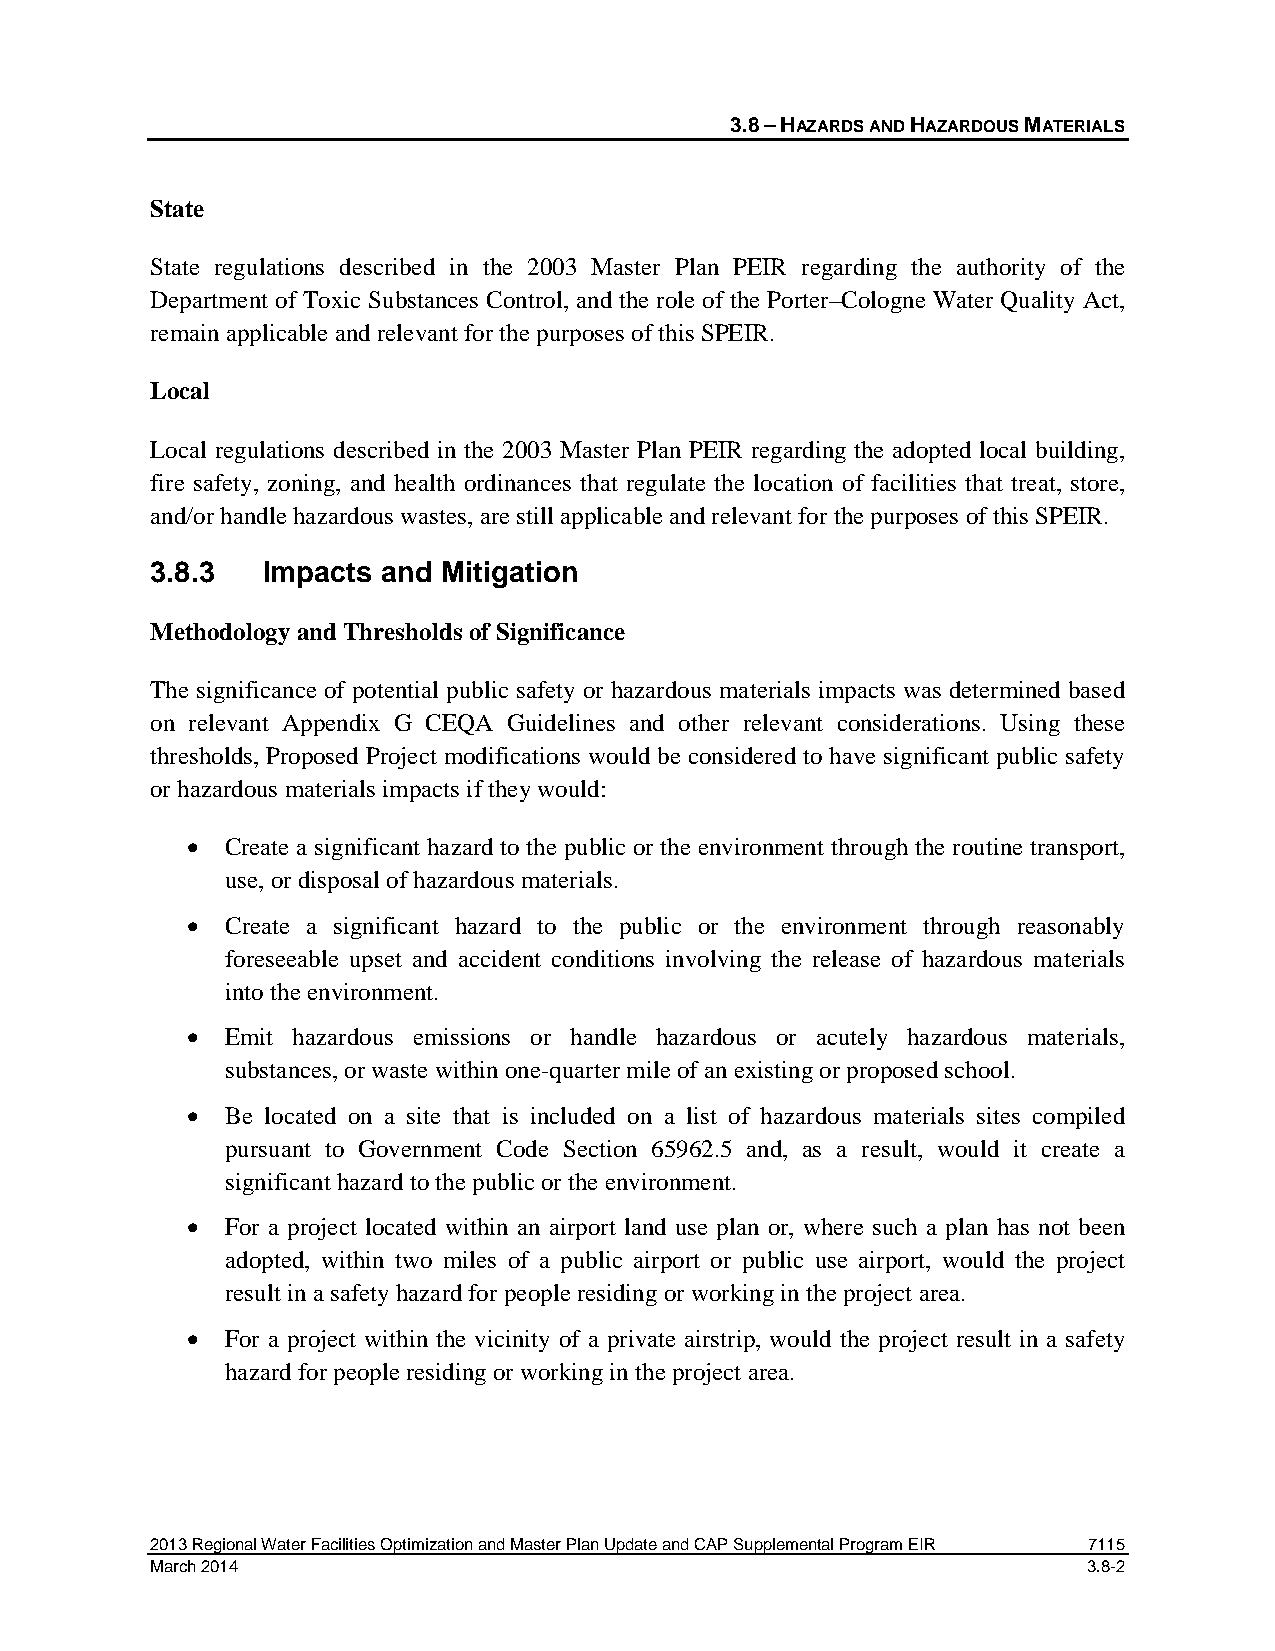
3.8 – HAZARDS AND HAZARDOUS MATERIALS
 State
 State regulations described in the 2003 Master Plan PEIR regarding the authority of the
 Department of Toxic Substances Control, and the role of the Porter–Cologne Water Quality Act,
 remain applicable and relevant for the purposes of this SPEIR.
 Local
 Local regulations described in the 2003 Master Plan PEIR regarding the adopted local building,
 fire safety, zoning, and health ordinances that regulate the location of facilities that treat, store,
 and/or handle hazardous wastes, are still applicable and relevant for the purposes of this SPEIR.
 3.8.3  Impacts and Mitigation
 Methodology and Thresholds of Significance
 The significance of potential public safety or hazardous materials impacts was determined based
 on relevant Appendix G CEQA Guidelines and other relevant considerations. Using these
 thresholds, Proposed Project modifications would be considered to have significant public safety
 or hazardous materials impacts if they would:
 •  Create a significant hazard to the public or the environment through the routine transport,
 use, or disposal of hazardous materials.
 •  Create a significant hazard to the public or the environment through reasonably
 foreseeable upset and accident conditions involving the release of hazardous materials
 into the environment.
 •  Emit hazardous emissions or handle hazardous or acutely hazardous materials,
 substances, or waste within one-quarter mile of an existing or proposed school.
 •  Be located on a site that is included on a list of hazardous materials sites compiled
 pursuant to Government Code Section 65962.5 and, as a result, would it create a
 significant hazard to the public or the environment.
 •  For a project located within an airport land use plan or, where such a plan has not been
 adopted, within two miles of a public airport or public use airport, would the project
 result in a safety hazard for people residing or working in the project area.
 •  For a project within the vicinity of a private airstrip, would the project result in a safety
 hazard for people residing or working in the project area.
 2013 Regional Water Facilities Optimization and Master Plan Update and CAP Supplemental Program EIR 7115
 March 2014                                                    3.8-2